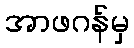
အာဖဂန်မှ